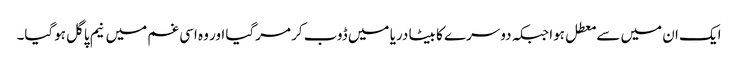
ایک ان میں سے معطل ہوا جبکہ دوسرے کا بیٹا دریا میں ڈوب کر مرگیا اور وہ اسی غم میں نیم پاگل ہوگیا۔